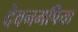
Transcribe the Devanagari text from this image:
देवनमपिया